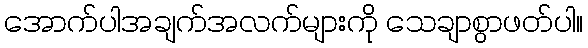
အောက်ပါအချက်အလက်များကို သေချာစွာဖတ်ပါ။